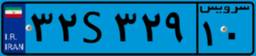
۳۲S۳۲۹۱۰